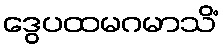
ဒွေပထမဂမာသိံ